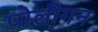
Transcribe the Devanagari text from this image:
पोलीगन